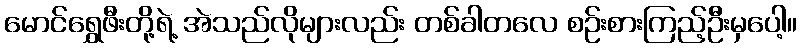
မောင်ရွှေဖီးတို့ရဲ့ အဲသည်လိုများလည်း တစ်ခါတလေ စဉ်းစားကြည့်ဦးမှပေါ့။